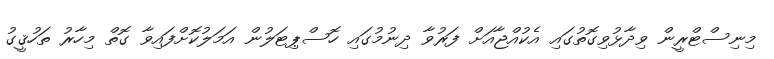
މިނިސްޓްރީން ވިދާޅުވިގޮތުގައި އެކުއްޖާއަށް ފަރުވާ ދިނުމުގައި ހޮސްޕިޓަލުން އަމަލުކޮށްފައިވާ ގޮތް މިހާރު ތަހުޤީގު